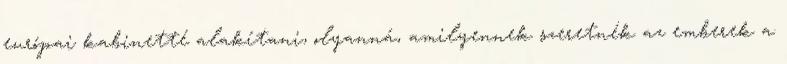
európai kabinetté alakítani, olyanná, amilyennek szeretnék az emberek a